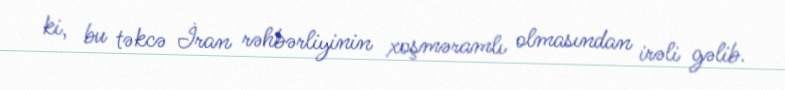
ki, bu təkcə İran rəhbərliyinin xoşməramlı olmasından irəli gəlib.